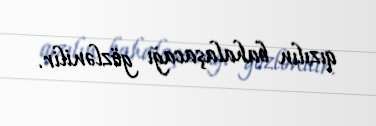
qızılın bahalaşacağı gözlənilir.